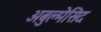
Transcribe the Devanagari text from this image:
अबुल्मेसिद